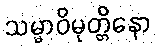
သမ္မာဝိမုတ္တိနော